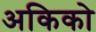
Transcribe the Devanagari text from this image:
अकिको